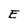
Character: E